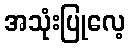
အသုံးပြုလေ့